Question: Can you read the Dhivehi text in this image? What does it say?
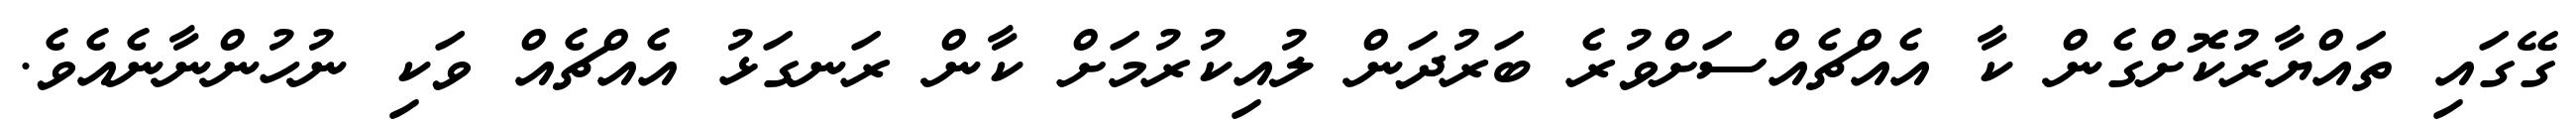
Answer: ގޭގައި ތައްޔާރުކޮށްގެން ކާ އެއްޗެއްސަށްވުރެ ބަރުދަން ލުއިކުރުމަށް ކާން ރަނގަޅު އެއްޗެއް ވަކި ނުހުންނާނެއެވެ.